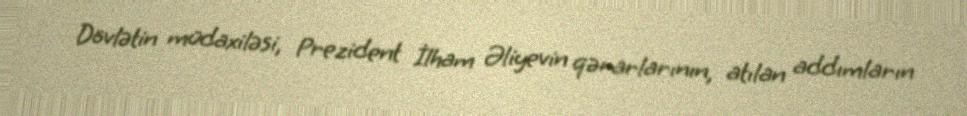
Dövlətin müdaxiləsi, Prezident İlham Əliyevin qərarlarının, atılan addımların